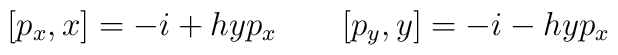
[p_x,x]=-i+hyp_x \ \ \ \ \ \ [p_y,y]=-i-hyp_x